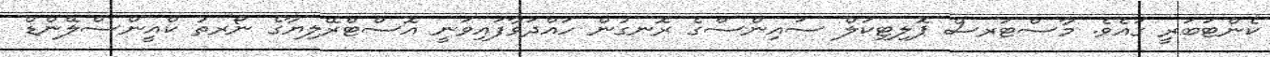
ކެންޓަބަރީ ގައެވެ. މާސްޓަރސް ޕޮލިޓިކަލް ސައިންސްގެ ރޮނގުން ހައްދަވާފައިވަނީ އޮސްޓްރޭލިޔާގެ ނޯރތު ކްއީންސްލޭންޑް